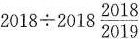
$$2018 \div 2018 \frac{2018}{2019}$$